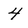
Character: 4